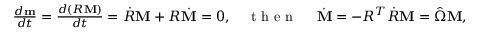
\begin{array} { r } { \frac { d { \bf m } } { d t } = \frac { d ( R { \bf M } ) } { d t } = \dot { R } { \bf M } + R \dot { \bf M } = 0 , \quad \mathrm { ~ t ~ h ~ e ~ n ~ } ~ \quad \dot { \bf M } = - R ^ { T } \dot { R } { \bf M } = \hat { \Omega } { \bf M } , } \end{array}